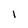
Character: 1